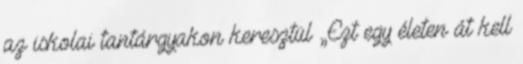
az iskolai tantárgyakon keresztül „Ezt egy életen át kell